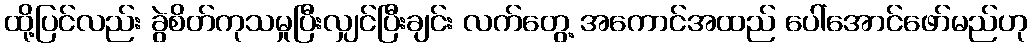
ထို့ပြင်လည်း ခွဲစိတ်ကုသမှုပြီးလျှင်ပြီးချင်း လက်တွေ့ အကောင်အထည် ပေါ်အောင်ဖော်မည်ဟု